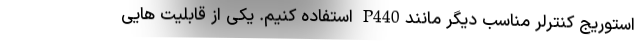
استوریج کنترلر مناسب دیگر مانندP440 استفاده کنیم. یکی از قابلیت هایی